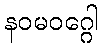
နဝမဝဂ္ဂေါ